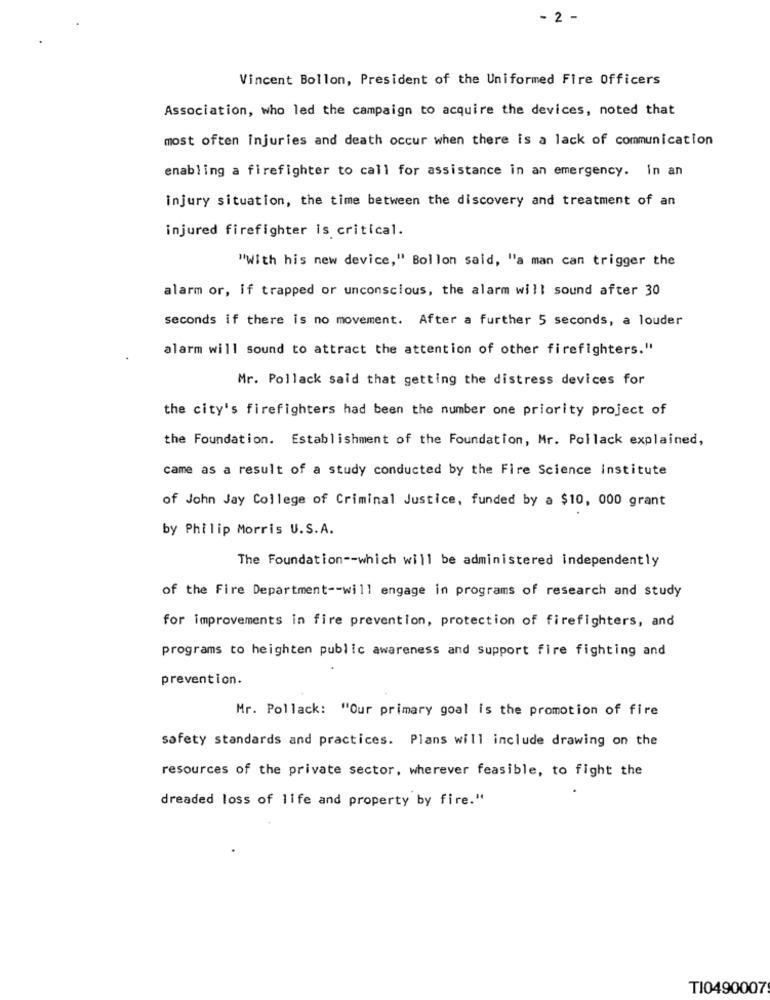
- 2 -
Vincent Bollon, President of the Uniformed Fire Officers
Association, who led the campaign to acquire the devices, noted that
most often injuries and death occur when there is a lack of communication
enabling a firefighter to call for assistance in an emergency. in an
injury situation, the time between the discovery and treatment of an
injured firefighter is critical.
"With his new device," Bollon said, "a man can trigger the
alarm or, if trapped or unconscious, the alarm will sound after 30
seconds if there is no movement. After a further 5 seconds, a louder
alarm will sound to attract the attention of other firefighters."
Mr. Pollack said that getting the distress devices for
the city's firefighters had been the number one priority project of
the Foundation. Establishment of the Foundation, Mr. Pollack explained,
came as a result of a study conducted by the Fire Science Institute
of John Jay College of Criminal Justice, funded by a $10, 000 grant
by Philip Morris U.S.A.
The Foundation -- which will be administered independently
of the Fire Department -- will engage in programs of research and study
for improvements in fire prevention, protection of firefighters, and
programs to heighten public awareness and Support fire fighting and
prevention.
Mr. Pollack: "Our primary goal is the promotion of fire
safety standards and practices. Plans will include drawing on the
resources of the private sector, wherever feasible, to fight the
dreaded loss of life and property by fire."
TI0490007